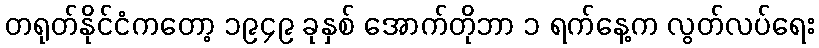
တရုတ်နိုင်ငံကတော့ ၁၉၄၉ ခုနှစ် အောက်တိုဘာ ၁ ရက်နေ့က လွတ်လပ်ရေး